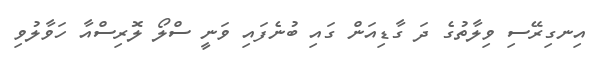
އިނގިރޭސި ވިލާތުގެ ދަ ގާޑިއަން ގައި ބުނެފައި ވަނީ ސްލޯ ލޮރިސްއާ ހަވާލުވި